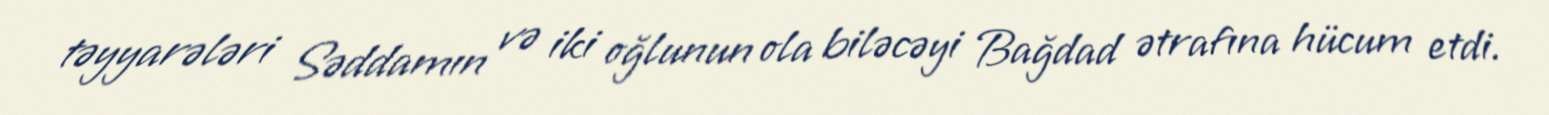
təyyarələri Səddamın və iki oğlunun ola biləcəyi Bağdad ətrafına hücum etdi.